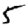
Digit: 5